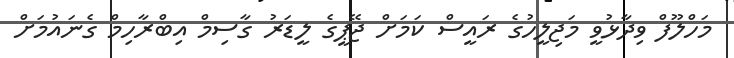
މަހްލޫފް ވިދާޅުވީ މަޖިލީހުގެ ރައީސް ކަމަށް ޖޭޕީގެ ލީޑަރު ގާސިމް އިބްރާހިމް ގެނައުމަށް